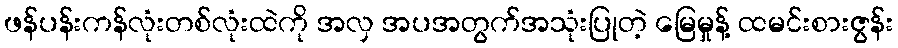
ဖန်ပန်းကန်လုံးတစ်လုံးထဲကို အလှ အပအတွက်အသုံးပြုတဲ့ မြေမှုန့် ထမင်းစားဇွန်း